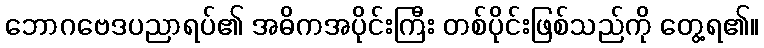
ဘောဂဗေဒပညာရပ်၏ အဓိကအပိုင်းကြီး တစ်ပိုင်းဖြစ်သည်ကို တွေ့ရ၏။